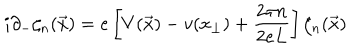
i \partial _ { - } \zeta _ { n } ( \vec { x } ) = e \left[ V ( \vec { x } ) - v ( x _ { \perp } ) + \frac { 2 \pi n } { 2 e L } \right] \zeta _ { n } ( \vec { x } )